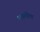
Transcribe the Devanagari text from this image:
लढतीला